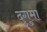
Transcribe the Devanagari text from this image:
दुगुमा